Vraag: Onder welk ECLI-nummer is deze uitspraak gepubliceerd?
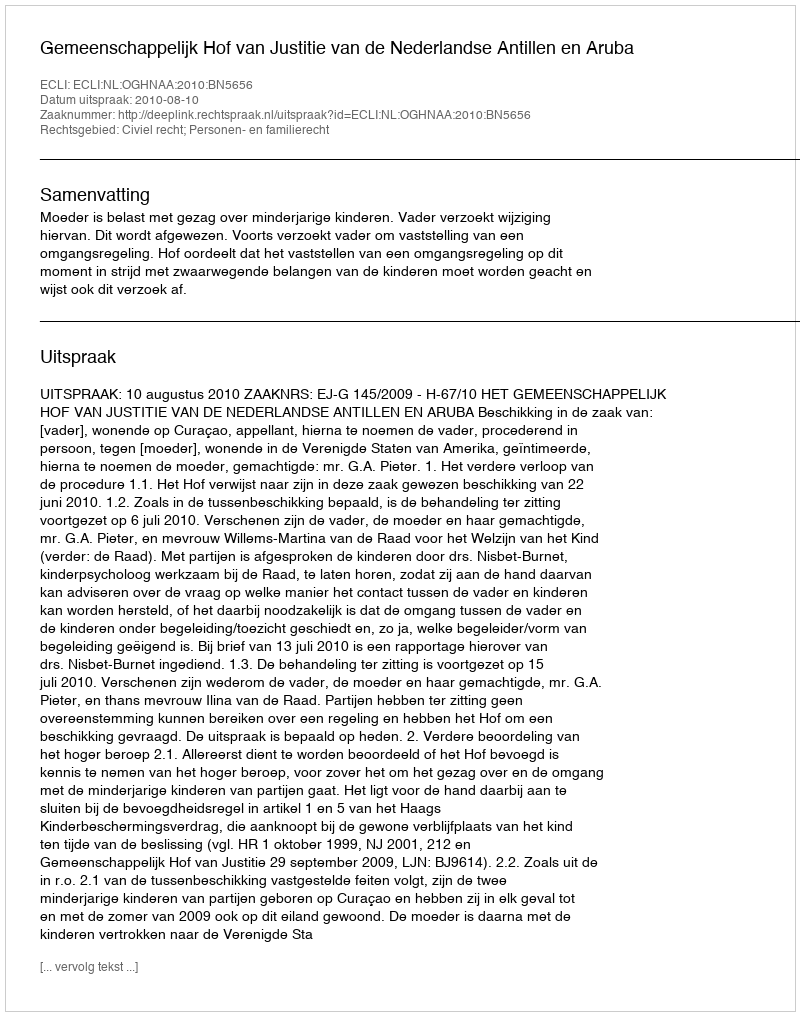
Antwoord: ECLI:NL:OGHNAA:2010:BN5656